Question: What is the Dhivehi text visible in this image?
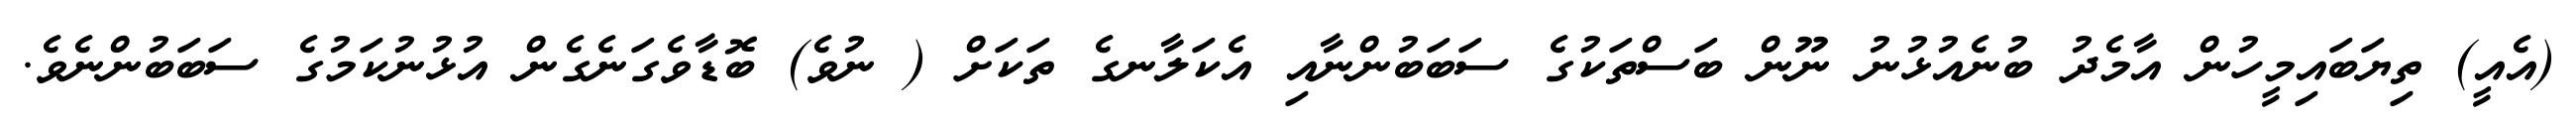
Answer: (އެއީ) ތިޔަބައިމީހުން އާމެދު ބުނެއުޅުނު ނޫން ބަސްތަކުގެ ސަބަބުންނާއި އެކަލާނގެ ތަކަށް ( ނުވެ) ބޮޑާވެގަނެގެން އުޅުނުކަމުގެ ސަބަބުންނެވެ.